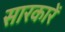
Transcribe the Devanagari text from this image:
सारकारें